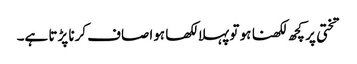
تختی پر کچھ لکھنا ہو تو پہلا لکھا ہوا صاف کرنا پڑتا ہے۔